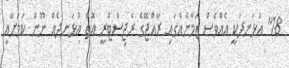
18" އުޅަނދަކީ އެއްވެސް ޒަމާނެއްގައި ރާއްޖޭގެ ރެޖިސްޓްރީ އޮތް އުޅަނދެއް ނޫން ކަމަށާއި